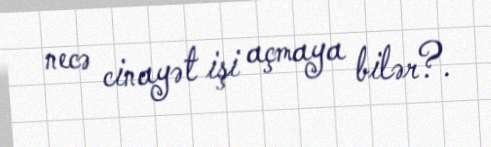
necə cinayət işi açmaya bilər?.